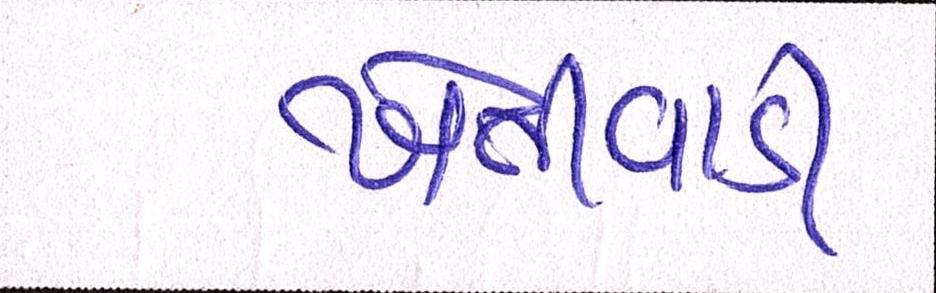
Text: ખેતીવાડી